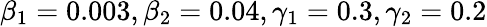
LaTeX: \beta_{1}=0.003,\beta_{2}=0.04,\gamma_{1}=0.3,\gamma_{2}=0.2